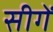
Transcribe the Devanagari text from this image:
सीगें